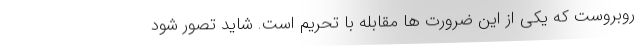
روبروست که یکی از این ضرورت ها مقابله با تحریم است. شاید تصور شود